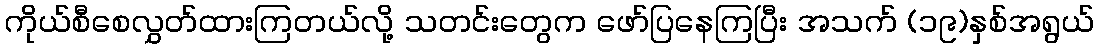
ကိုယ်စီစေလွှတ်ထားကြတယ်လို့ သတင်းတွေက ဖော်ပြနေကြပြီး အသက် (၁၉)နှစ်အရွယ်